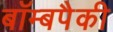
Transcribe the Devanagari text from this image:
बॉम्बपैकी